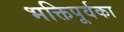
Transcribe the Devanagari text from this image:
भक्तिपूर्वका